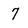
Character: 7